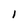
Character: 1